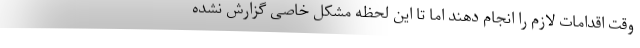
وقت اقدامات لازم را انجام دهند اما تا این لحظه مشکل خاصی گزارش نشده